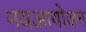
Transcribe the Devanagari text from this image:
नवआयोजन